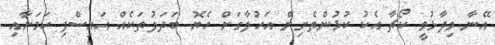
އޭނާ ވިދާޅުވީ ކޯޗާ އެކު ކުޅުންތެރިން އަހުލާގަށް ހެޔޮ ބަދަލުތަކެއް އައިސްފި ކަމަށާއި